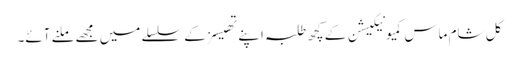
کل شام ماس کمیونیکیشن کے کچھ طلبہ اپنے تھیسز کے سلسلے میں مجھے ملنے آئے۔